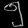
Digit: ၅